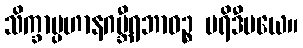
သိက္ခာပ္ပဟာနဂမ္ဘီရဘာဝဉ္စ ပရိဒီပယေ။